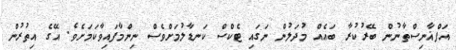
އަފްޣާނިސްތާނުން ބޭރުކުރާ ބައެއް މުދަލުން ނަގައި ޓެކްސް ކަނޑާލުމަށްވެސް ނިންމާފައިވާކަމަށެވެ. އޭގެ އިތުރުން